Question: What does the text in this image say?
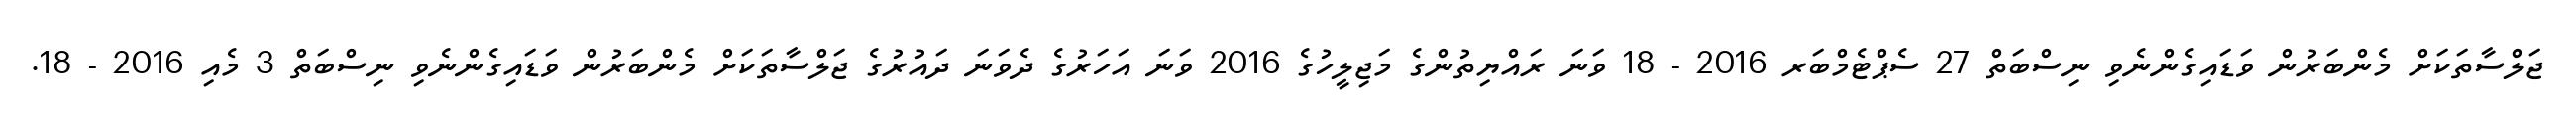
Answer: ޖަލްސާތަކަށް މެންބަރުން ވަޑައިގެންނެވި ނިސްބަތް 27 ސެޕްޓެމްބަރ 2016 - 18 ވަނަ ރައްޔިތުންގެ މަޖިލީހުގެ 2016 ވަނަ އަހަރުގެ ދެވަނަ ދައުރުގެ ޖަލްސާތަކަށް މެންބަރުން ވަޑައިގެންނެވި ނިސްބަތް 3 މެއި 2016 - 18.